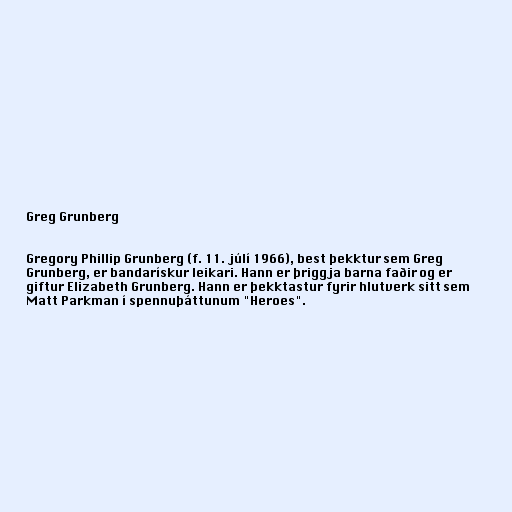
Greg Grunberg

Gregory Phillip Grunberg (f. 11. júlí 1966), best þekktur sem Greg
Grunberg, er bandarískur leikari. Hann er þriggja barna faðir og er
giftur Elizabeth Grunberg. Hann er þekktastur fyrir hlutverk sitt sem
Matt Parkman í spennuþáttunum "Heroes".